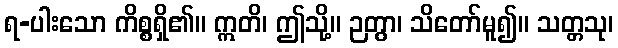
ရ-ပါးသော ကိစ္စရှိ၏။ ဣတိ၊ ဤသို့။ ဉတွာ၊ သိတော်မူ၍။ သတ္တသု၊